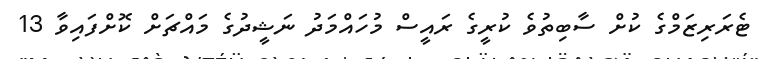
ޓެރަރިޒަމްގެ ކުށް ސާބިތުވެ ކުރީގެ ރައީސް މުހައްމަދު ނަޝީދުގެ މައްޗަށް ކޮށްފައިވާ 13